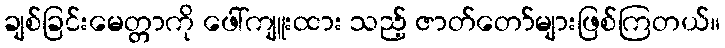
ချစ်ခြင်းမေတ္တာကို ဖေါ်ကျူးထား သည့် ဇာတ်တော်များဖြစ်ကြတယ်။